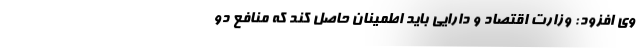
وی افزود: وزارت اقتصاد و دارایی باید اطمینان حاصل کند که منافع دو